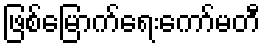
ဖြစ်မြောက်ရေးကော်မတီ